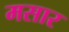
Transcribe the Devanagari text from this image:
मसार